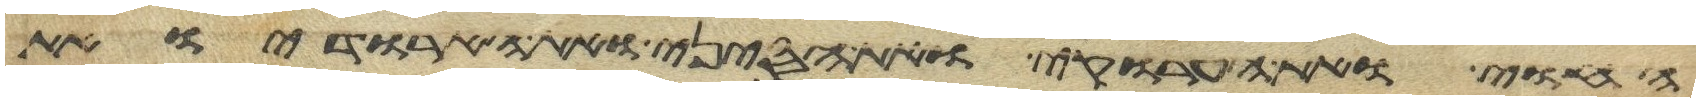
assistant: החוי ואת הערוקי ואת הסיני ואת הארודי ואת